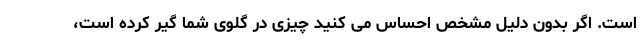
است. اگر بدون دلیل مشخص احساس می کنید چیزی در گلوی شما گیر کرده است،